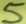
Text: 5